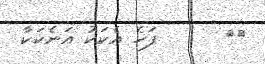
٥٠      ފަހެ އެކަކު އަނެކަކާ